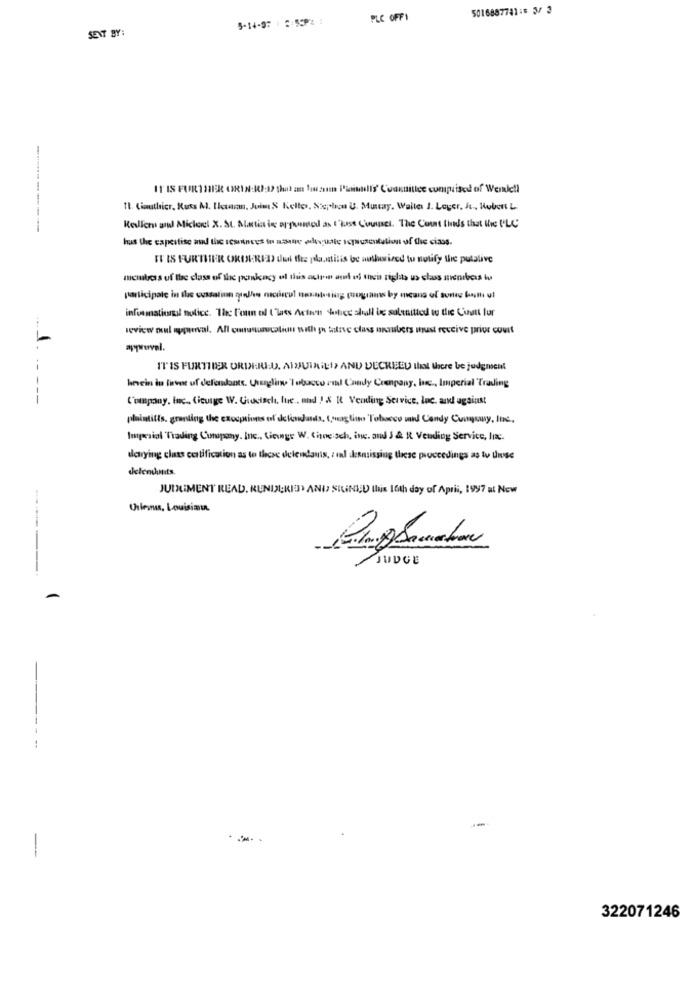
5016887781:5 33
5-14-9: 1 5:55P4 1
PLC OFFI
SENT BY:
IT IS FURTHER (HEIN:12:1) that an lowzum Pininulls' C'wanttillce comprised of Werke !!
11. Cimathier, Russ Al. Ilczars, Juin & Kettes, Siphon U. Mustay. Walter J. Loger, It, Robert L.
Kelion and Michael X. St. Maria is appromed as t'est Counsel. The Court finds that the PLC
hus the capertise and the scsiinees in asune elvitte icpusentation of the ciass.
IT IS FURTHER ORINI:RED de the plantitis be authorized to notify the putative
participate in the cussalin quelhe occul nosatsing programs by means of song both u!
informationl notice. The l'oun ol Ilaes Action Hotice shall be salenitted to the Cinatt for
review ool approval. All consusturucaliuu with sh tative class unaubers inust receive prior court
1.
approval.
IT IS FURTHER ORDERED. ANDJUINILI, AND DECREED that there be judgment
-- --
herein in livet of defendants. Unagling Tobacco vil Candy Conpany, Inc ., Imperial Trading
--
Company, inc. (ievige W. Chiudischi. lue. and ! & it Vending Service, Inc. and against
plaintills. granting the exooptions el deliandants, (,og li Tobacco und Candy Cunysay, Inc .,
Inisial Trading Company. Inc ., Ginge W. Cinne:sch, inc. and J & R Vending Service, Inc.
denying class certification as to these delendants, : el skesmissing these proceedings as tu diese
delendonts.
JUDGMENT READ. KUNDEKIS> ANI SIENIU this 16th day of April, 1997 at Now
Orleans, Louisiana
JUDGE
-
322071246